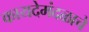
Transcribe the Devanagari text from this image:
कायदेमंदळाचे